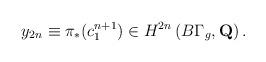
LaTeX: \begin{align*}y_{2n}\equiv \pi_{*}(c_{1}^{n+1})\in H^{2n} \left( B\Gamma_{g},{\bf Q}\right).\end{align*}